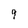
Character: 9